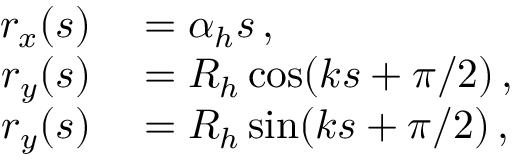
\begin{array} { r l } { r _ { x } ( s ) } & { { } = \alpha _ { h } s \, , } \\ { r _ { y } ( s ) } & { { } = R _ { h } \cos ( k s + \pi / 2 ) \, , } \\ { r _ { y } ( s ) } & { { } = R _ { h } \sin ( k s + \pi / 2 ) \, , } \end{array}